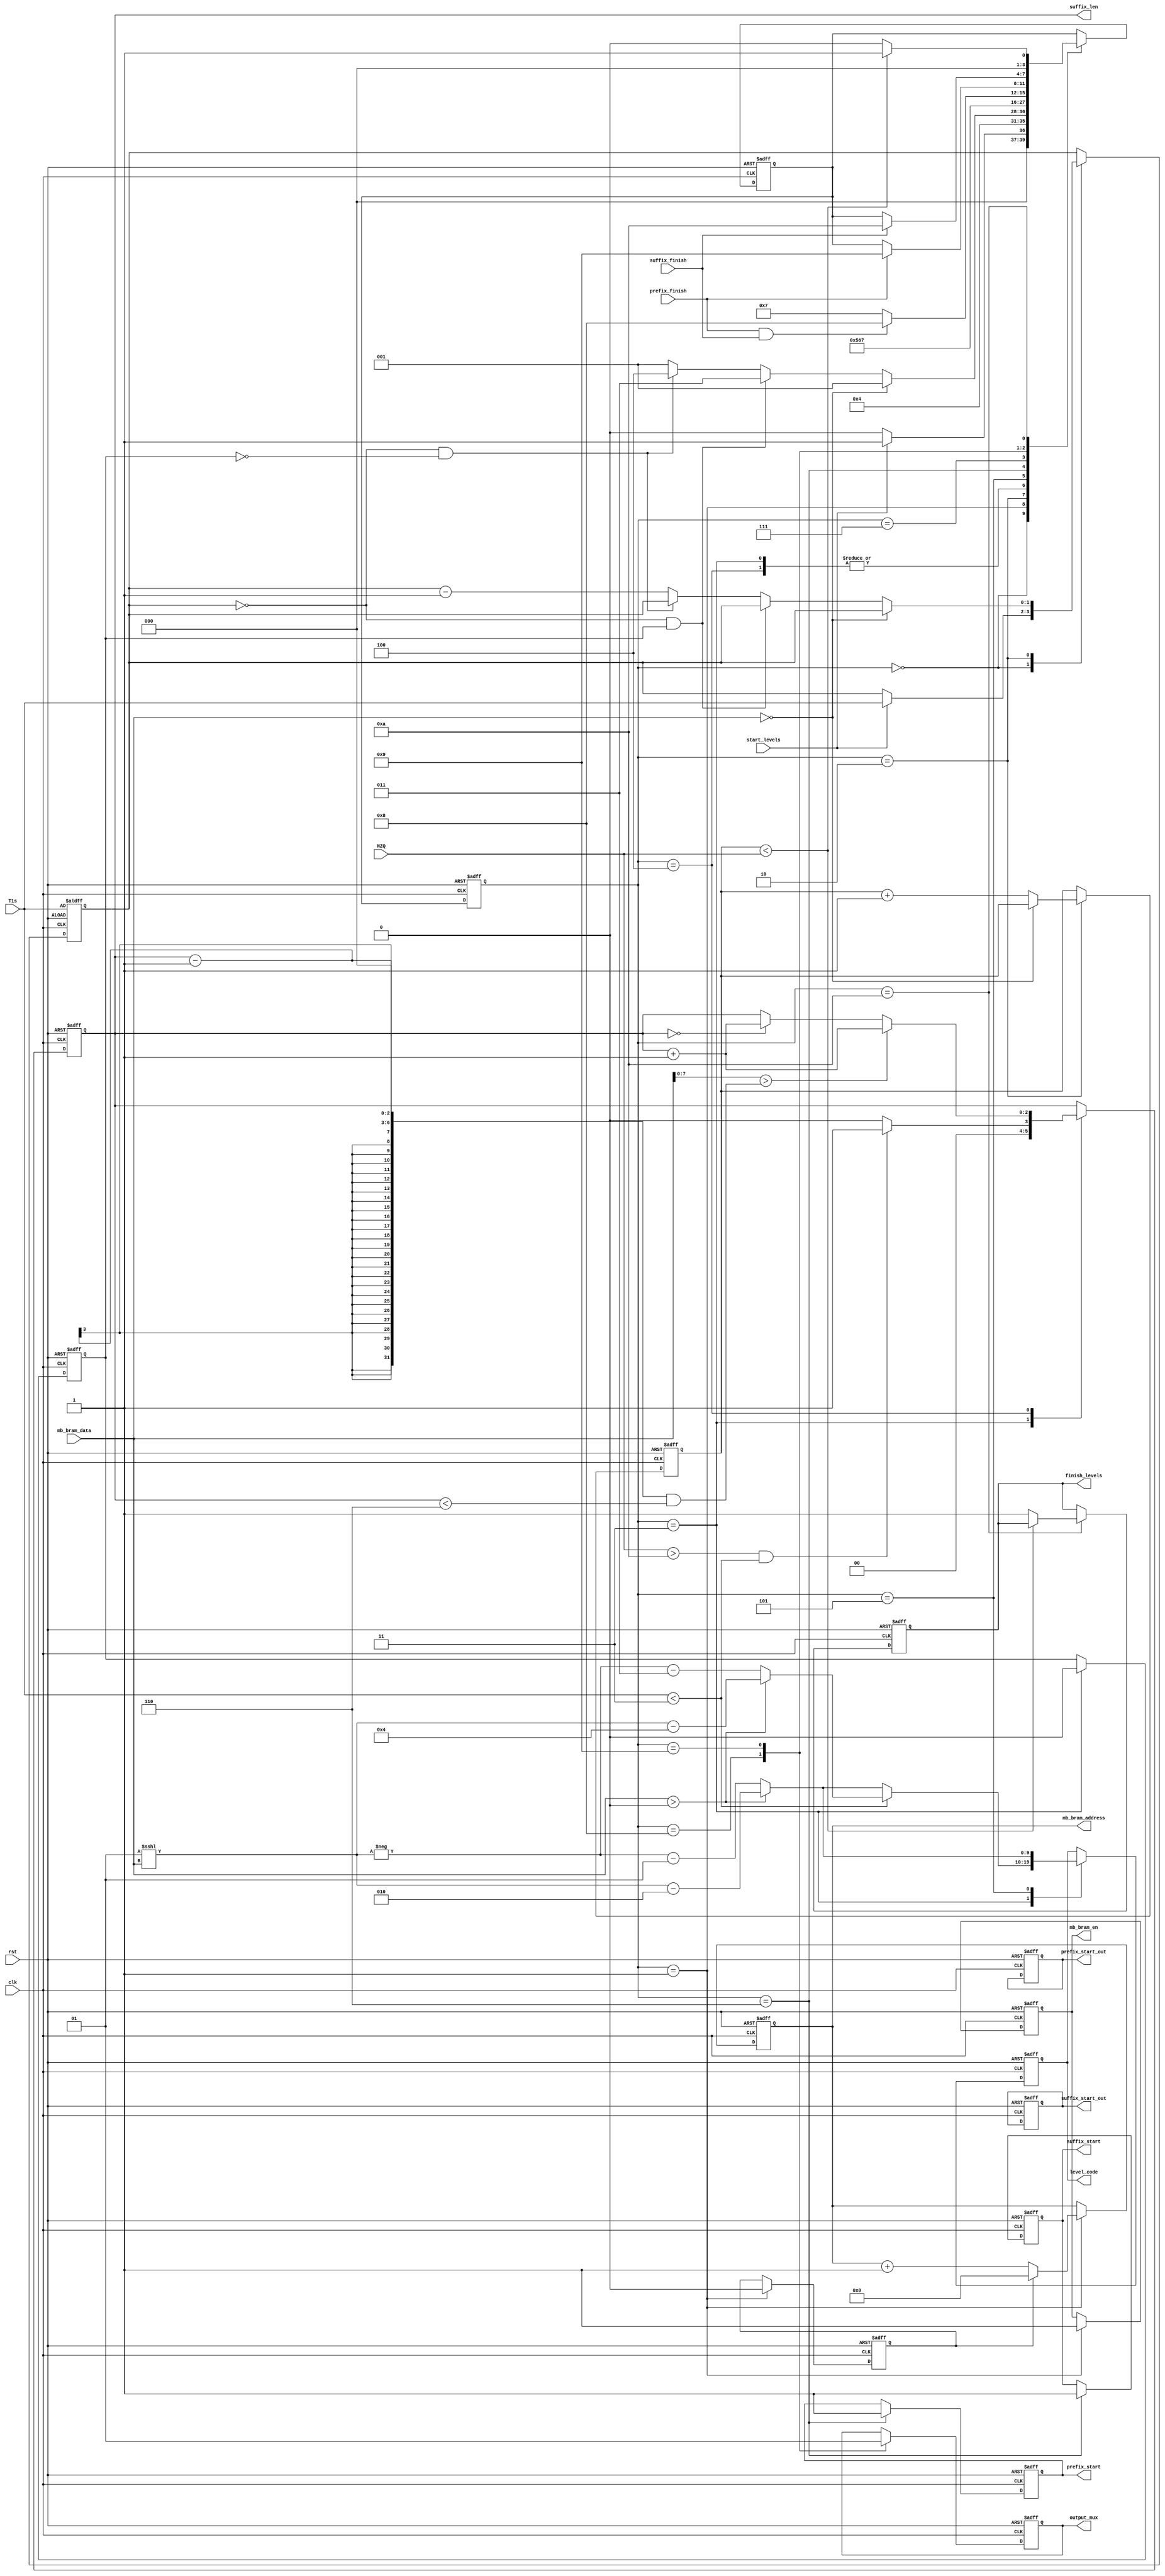
module Level_Controller #(parameter DATA_WIDTH = 9 , STATE_WIDTH = 4, NZQ_WIDTH = 5)(
    input                                 clk,
    input                                 rst,
    
    // OUTSIDE CONTROLLER & ACK 
    input                                 start_levels,
    output reg                            finish_levels,

    // MUX CONTROL TO CONTROL THE OUTPUT BETWEEN PREFIX AND SUFFIX BLOCKS
    output reg                            output_mux,
    
    // PREFIX AND SUFFIX BLOCKS CONTROL LINES & ACKs
    output reg                            prefix_start,
    output reg                            suffix_start,
    output reg                            prefix_start_out,
    output reg                            suffix_start_out,
    input                                 prefix_finish,
    input                                 suffix_finish,
    

    // IO WITH INPUT FIFO (HOLDING MB DATA)
    output reg                            mb_bram_en,
    output reg        [3:0]               mb_bram_address,
    input signed      [DATA_WIDTH-1:0]    mb_bram_data,
    
    // INPUT DATA FROM PREVIOUS STAGES
    input             [NZQ_WIDTH-1:0]     NZQ,
    input             [1:0]               T1s,
    
    // OUTPUT DATA TO PREFIX AND SUFFIX BLOCKS
    output reg        [2:0]               suffix_len,
    output reg signed [DATA_WIDTH:0]     level_code				
    );     
    
    
    //  \\\\\\\\\\\\\\\\\\\\\\\\\\\\\\\\\\\\\\\\\\\\\\\\\\\\//////////////////////////////////
    //                    Internal Signals                        \\\\
    ////////////////////////////\\\\\\\\\\\\\\\\\\\\\\\\\\\\\\\\\\\\\\\\\\\\\\\\\\\\\\\\\\\\\\\\\\\\\\\\
           
   reg        [STATE_WIDTH -1 :0] current_state, next_state;        
   reg        [1:0]               T1s_counter_reg;
   reg        [4:0] ele_counter;
	reg        first_addr;
	reg        first_element;
			  
	always@(posedge clk, negedge rst) begin
		if(!rst) begin
			first_addr			<= 'b1;
			first_element 		<= 'b1;
			next_state			<= 'd0;
			T1s_counter_reg	<=	T1s;
			finish_levels		<='b0;
			output_mux  		<= 'b0;
			prefix_start  		<= 'b0;
			suffix_start  		<= 'b0;
			prefix_start_out  <= 'b0;
			suffix_start_out  <= 'b0;
			mb_bram_en  		<= 'b0;
			mb_bram_address  	<= 'b0;
			suffix_len			<= 'b0;
			level_code			<= 'b0;
			ele_counter			<= 'b0;
		end else begin
			case(current_state)
				'd0: begin	// IDLE State
					if(start_levels) begin
						next_state	<= 'b1;
						T1s_counter_reg	<=	T1s;
					end else begin
						next_state	<= 'b0;
					end
				end
				
				'd1: begin	// get_next_element State
					mb_bram_en <= 1'b1;
               next_state <= 'd2;
               // for making the first adrees from zero 
					if (first_addr) begin
						mb_bram_address <= 'b0;
						first_addr   <= 1'b0;
					end
					else begin
						mb_bram_address <= mb_bram_address +1;
					end
				end
				
				
				'd2: begin		// Handling Zeros, T1s and first elements
					if(mb_bram_data == 'b0) begin // Skip zero
						next_state <= 'd1;
					end else begin
						ele_counter <= ele_counter + 'd1;
						 if((T1s_counter_reg == 0) && (first_element  == 1'b1)) begin
							  next_state <= 'd3;
						 end
						 // this will handle the levels
						 else if ((T1s_counter_reg == 0) && (first_element  == 1'b0)) begin
								next_state <= 'd4;                        
						 end
						 else begin
							  next_state <= 'd1;
							  T1s_counter_reg  <= T1s_counter_reg  - 1;
						 end
					end
				end
				
				'd3: begin
					first_element <= 'b0;
					next_state    <= 'd5;
					if ((NZQ > 4'd10) &&  (T1s < 2'd3)) begin
					  suffix_len    <= 1'b1;
					end
					else begin
					  suffix_len  <= 1'b0;
					end
					
					if (T1s <2'd3) begin                           
						 if (mb_bram_data > 'b0) begin
							level_code <=  ( 1 <<< mb_bram_data ) -4;
						 end
						 else begin
							level_code <= - ( 1<<< mb_bram_data) -3;
						 end                                                                             
					end                        
					else begin 
					
						 if (mb_bram_data > 'b0) begin
							level_code <=  ( 1 <<< mb_bram_data ) -2;
						 end
						 else begin
							level_code <= - ( 1<<< mb_bram_data) -1;
						 end
					end
				end
				
				'd4: begin // calculating the suffix length for the next elements
                        next_state = 'd5;
                         if(suffix_len == 0) begin
                            suffix_len <= suffix_len + 'd1;
                         end
                         
                        if(mb_bram_data[7:0] > (((suffix_len - 1) << 'd3) & (suffix_len < 'd6)) ) begin
                            suffix_len <= suffix_len + 'd1;
                        end
                      end
                      
                'd5: begin  //   calculating i_level code 
                       
                        next_state <= 'd6;
                            if (mb_bram_data > 'b0) begin
										level_code <=  ( 1 <<<mb_bram_data ) -2;
                            end
                            else begin
										level_code <= - ( 1<<<mb_bram_data) -1;
                            end
                      end
                'd6: begin  //   start excution
                            next_state <= 'd7;
                            prefix_start     <= 'b1;
                            suffix_start     <= 'b1;
                      end
                'd7: begin  //   wait until end 
                          if (prefix_finish && suffix_finish)
                            next_state <= 'd8;
                          else
                            next_state <= 'd7;                          
                      end                 
                      
                'd8: begin  //   start output prefix
                        output_mux <= 0;
                        if(prefix_finish) begin
                            next_state <= 'd9;
                        end
                      end                           
            
                'd9: begin  //   start output suffix 
                        output_mux <= 1;
                        if(suffix_finish) begin
                            next_state <= 'd10;
                        end
                      end
                      
                'd10: begin  //   if last elemnt raise the finish flag
                        if(ele_counter < NZQ) begin
                            next_state <= 'd1;
                        end
                        else begin
                            next_state <= 'd0;  // IDLE STATE
									 finish_levels <= 'd1;
                        end
                      end
			endcase
		end
	end	
	
	always@(negedge clk, negedge rst) begin
		if(!rst) begin
			current_state <= 'b0;
		end else begin
			current_state <= next_state;
		end
	end	
	
	
			  
endmodule